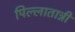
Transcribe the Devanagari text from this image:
पिल्लातान्नी